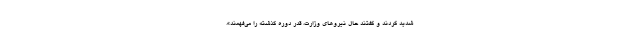
شدید كردند و گفتند حال نیروهاى وزارت، قدر دوره گذشته را مى‌فهمند».